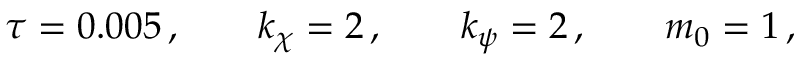
\begin{array} { r } { \tau = 0 . 0 0 5 \, , \qquad k _ { \boldsymbol { \chi } } = 2 \, , \qquad k _ { \boldsymbol { \psi } } = 2 \, , \qquad m _ { 0 } = 1 \, , } \end{array}